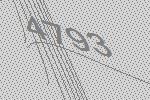
4793